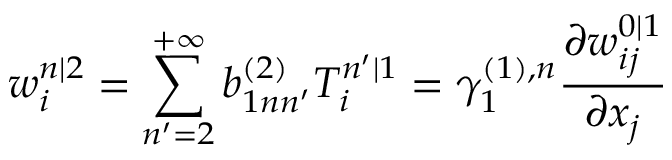
w _ { i } ^ { n | 2 } = \sum _ { n ^ { \prime } = 2 } ^ { + \infty } b _ { 1 n n ^ { \prime } } ^ { ( 2 ) } T _ { i } ^ { n ^ { \prime } | 1 } = \gamma _ { 1 } ^ { ( 1 ) , n } \frac { \partial w _ { i j } ^ { 0 | 1 } } { \partial x _ { j } }